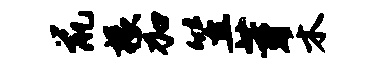
鼠椽加笠芽禾